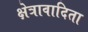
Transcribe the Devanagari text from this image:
क्षेत्रावादिता